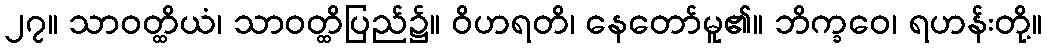
၂၇။ သာဝတ္ထိယံ၊ သာဝတ္ထိပြည်၌။ ဝိဟရတိ၊ နေတော်မူ၏။ ဘိက္ခဝေ၊ ရဟန်းတို့။